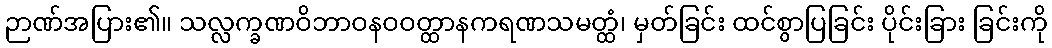
ဉာဏ်အပြား၏။ သလ္လက္ခဏဝိဘာဝနဝဝတ္ထာနကရဏသမတ္ထံ၊ မှတ်ခြင်း ထင်စွာပြခြင်း ပိုင်းခြား ခြင်းကို